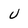
Character: U